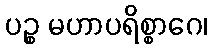
ပဉ္စ မဟာပရိစ္စာဂေ၊